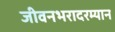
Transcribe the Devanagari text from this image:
जीवनभरादरम्यान